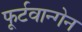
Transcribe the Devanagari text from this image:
फूर्टवान्गेन